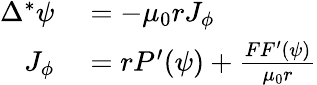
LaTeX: \begin{array}{rl}{\Delta^{*}\psi}&{{}=-\mu_{0}rJ_{\phi}}\\ {J_{\phi}}&{{}=rP^{\prime}(\psi)+\frac{FF^{\prime}(\psi)}{\mu_{0}r}}\end{array}